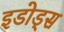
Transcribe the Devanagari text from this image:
इडोड्स